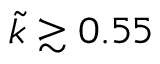
\tilde { k } \gtrsim 0 . 5 5